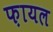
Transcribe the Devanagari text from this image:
फ़ायल